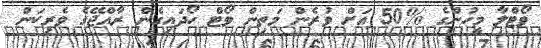
ވޯޓްލާ މީހުންގެ %50 އަށް ވުރެން މަތިން ވޯޓް ހޯދައިގެން ރާއްޖޭގެ ވެރިކަން